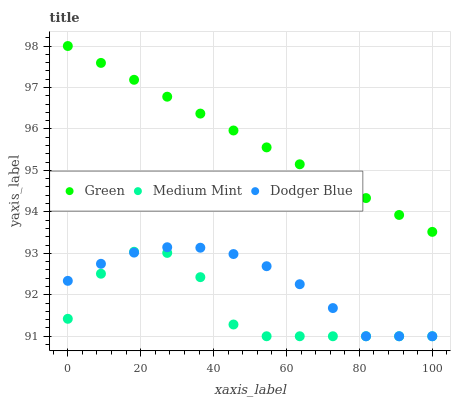
| xaxis_label | Green | Medium Mint | Dodger Blue |
 | --- | --- | --- | --- |
 | 0 | 98 | 91.4 | 92.3 |
 | 9.09 | 97.6 | 92.5 | 92.7 |
 | 18.2 | 97.2 | 93 | 93 |
 | 27.3 | 96.8 | 93 | 93.1 |
 | 36.4 | 96.4 | 92.4 | 93.1 |
 | 45.5 | 96 | 91.3 | 93 |
 | 54.5 | 95.6 | 91 | 92.7 |
 | 63.6 | 95.1 | 91 | 92.3 |
 | 72.7 | 94.7 | 91 | 91.7 |
 | 81.8 | 94.3 | 91 | 91 |
 | 90.9 | 93.9 | 91 | 91 |
 | 100 | 93.5 | 91 | 91 |